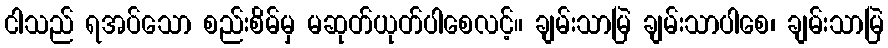
ငါသည် ရအပ်သော စည်းစိမ်မှ မဆုတ်ယုတ်ပါစေလင့်။ ချမ်းသာမြဲ ချမ်းသာပါစေ၊ ချမ်းသာမြဲ